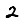
Digit: 2